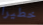
خطيرا